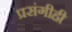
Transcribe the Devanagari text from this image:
प्रसंगीही